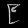
Digit: ၉